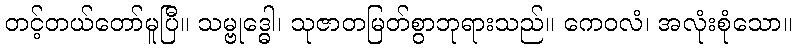
တင့်တယ်တော်မူပြီ။ သမ္ဗုဒ္ဓေါ၊ သုဇာတမြတ်စွာဘုရားသည်။ ကေဝလံ၊ အလုံးစုံသော။